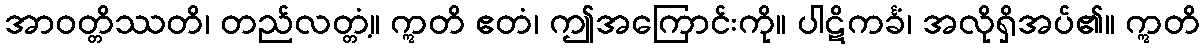
အာဝတ္တိဿတိ၊ တည်လတ္တံ့။ ဣတိ ဧတံ၊ ဤအကြောင်းကို။ ပါဋိကင်္ခံ၊ အလိုရှိအပ်၏။ ဣတိ